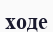
ходе